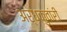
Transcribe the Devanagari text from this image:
अर्धकुवांरी